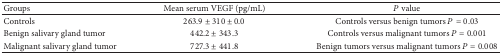
<table><thead><tr><td><b>Groups</b></td><td><b>Mean serum VEGF (pg/mL)</b></td><td><b><i>P</i> value</b></td></tr></thead><tbody><tr><td>Controls</td><td>263.9 ± 310 ± 0.0</td><td>Controls versus benign tumors <i>P</i> = 0.03</td></tr><tr><td>Benign salivary gland tumor</td><td>442.2 ± 343.3</td><td>Controls versus malignant tumors <i>P</i> = 0.001</td></tr><tr><td>Malignant salivary gland tumor</td><td>727.3 ± 441.8</td><td>Benign tumors versus malignant tumors <i>P</i> = 0.008</td></tr></tbody></table>